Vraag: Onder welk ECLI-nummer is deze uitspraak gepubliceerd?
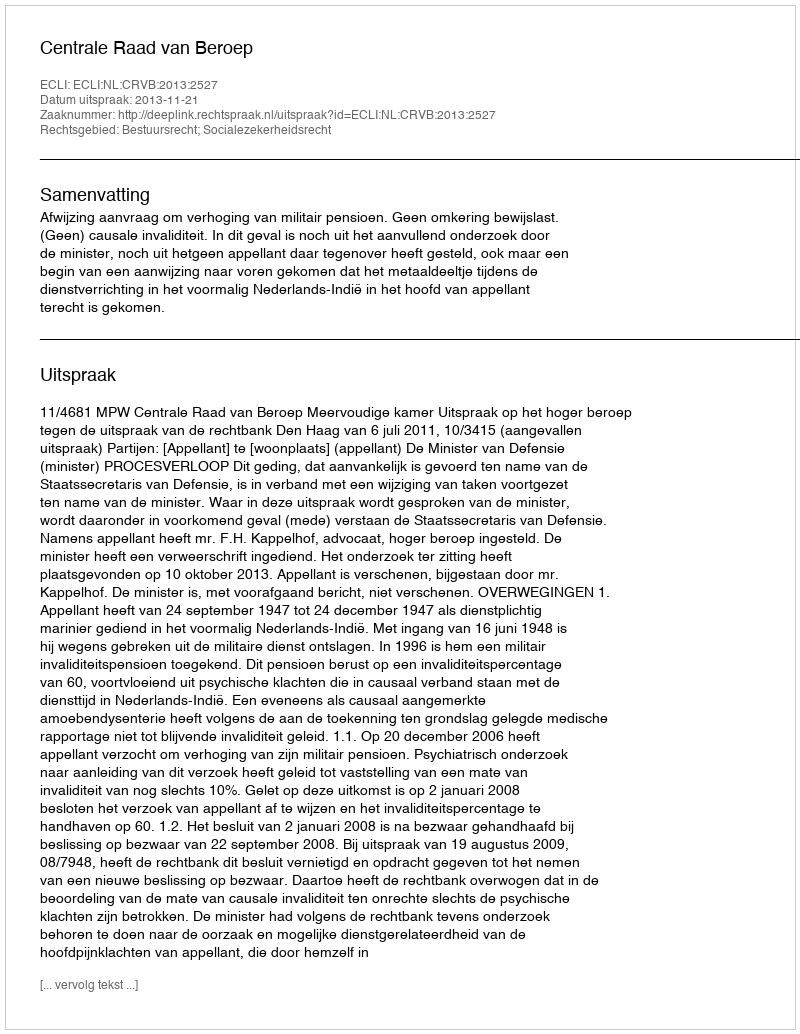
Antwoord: ECLI:NL:CRVB:2013:2527